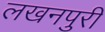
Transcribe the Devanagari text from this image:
लखनपुरी